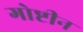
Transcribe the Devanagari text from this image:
गोष्टीन